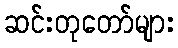
ဆင်းတုတော်များ